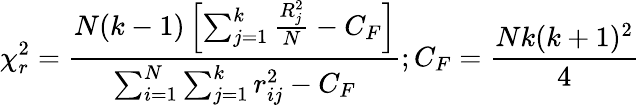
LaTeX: {\chi_{r}^{2}}=\frac{N(k-1)\left[\sum_{j=1}^{k}\frac{R_{j}^{2}}{N}-C_{F}\right]}{\sum_{i=1}^{N}\sum_{j=1}^{k}{r_{ij}^{2}}-C_{F}};C_{F}=\frac{Nk(k+1)^{2}}{4}